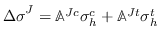
\boldsymbol { \Delta \sigma } ^ { J } = \mathbb { A } ^ { J c } \boldsymbol { \sigma } _ { h } ^ { c } + \mathbb { A } ^ { J t } \boldsymbol { \sigma } _ { h } ^ { t }